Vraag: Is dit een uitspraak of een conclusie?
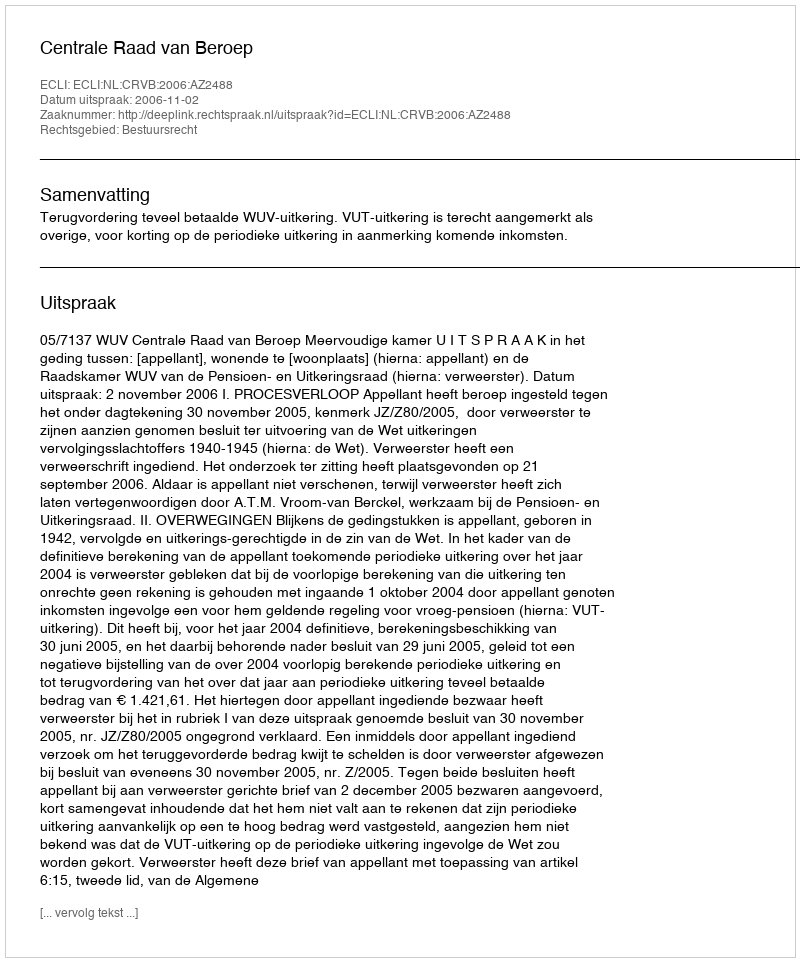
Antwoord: Uitspraak